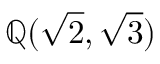
\mathbb { Q } ( { \sqrt { 2 } } , { \sqrt { 3 } } )